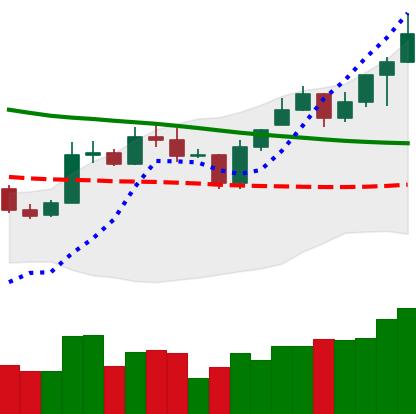
Ticker: ETC-USD
Chart end date: 2020-01-11
Forward return: 50.136%
Label: up_7plus